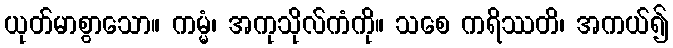
ယုတ်မာစွာသော။ ကမ္မံ၊ အကုသိုလ်ကံကို။ သစေ ကရိဿတိ၊ အကယ်၍